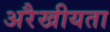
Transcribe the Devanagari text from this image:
अरैखीयता